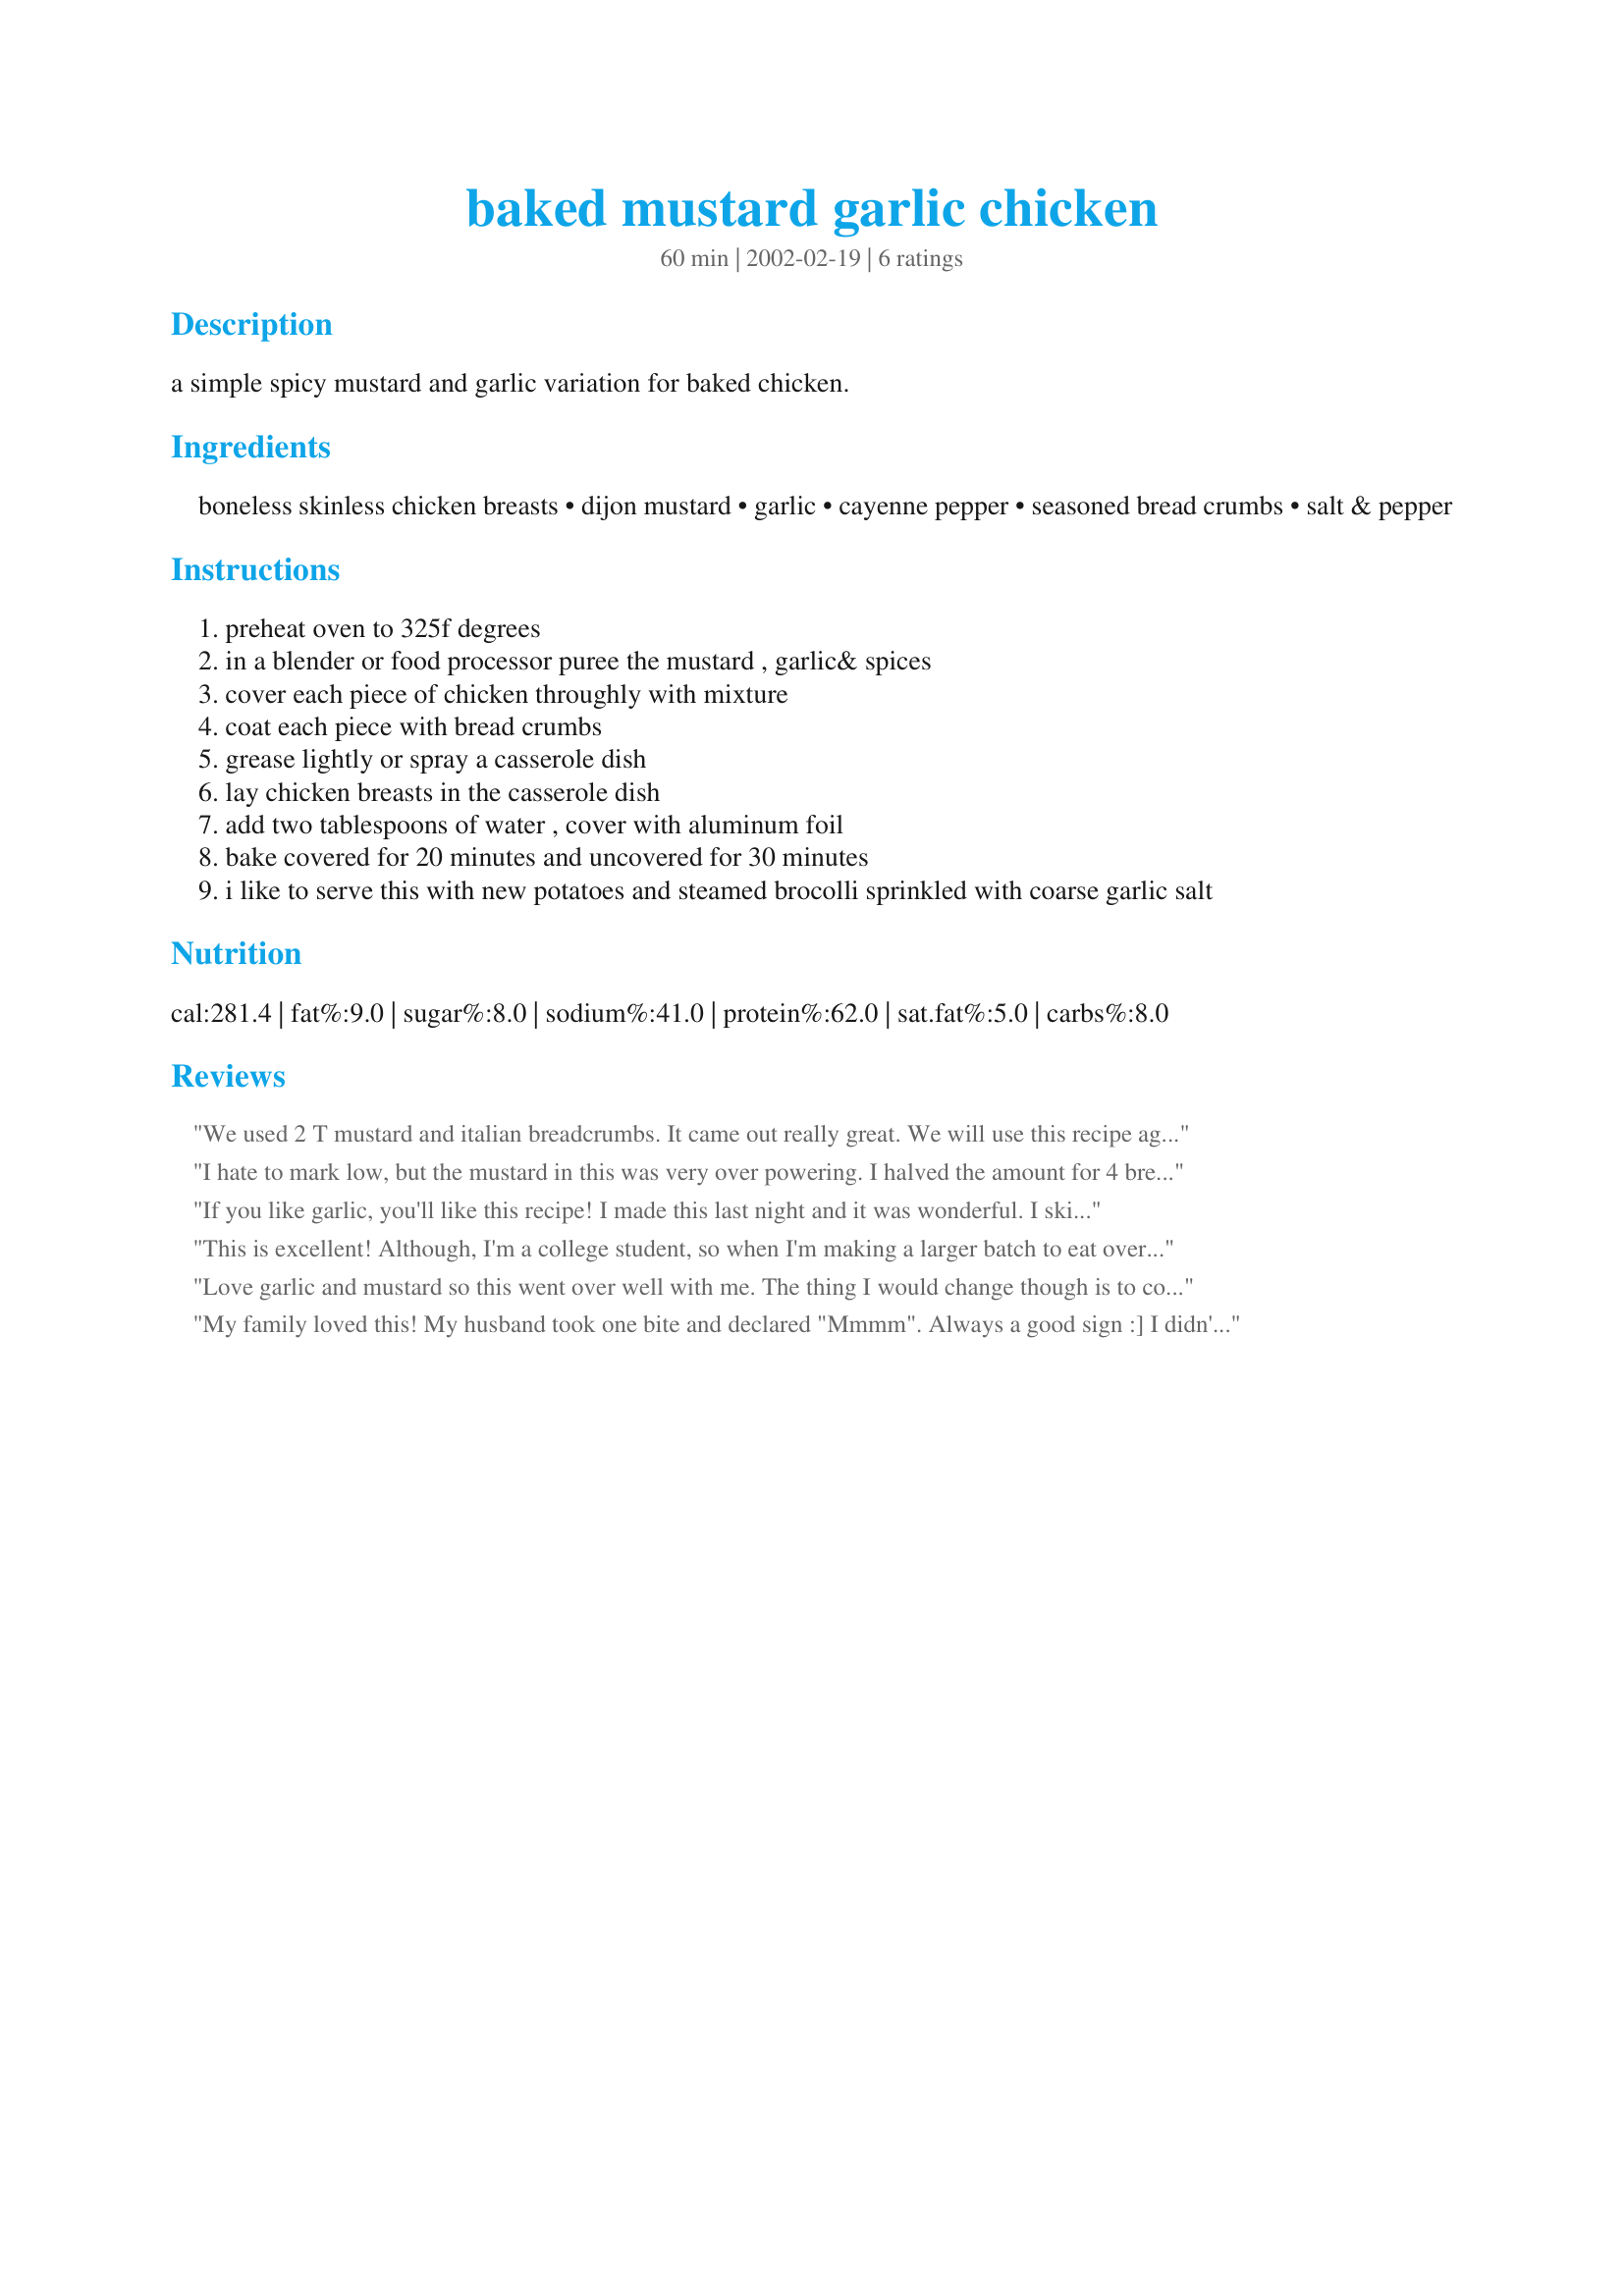
baked mustard garlic chicken
Preparation time: 60 minutes

a simple spicy mustard and garlic variation for baked chicken.

Ingredients:
boneless skinless chicken breasts, dijon mustard, garlic, cayenne pepper, seasoned bread crumbs, salt & pepper

Steps:
preheat oven to 325f degrees
in a blender or food processor puree the mustard , garlic& spices
cover each piece of chicken throughly with mixture
coat each piece with bread crumbs
grease lightly or spray a casserole dish
lay chicken breasts in the casserole dish
add two tablespoons of water , cover with aluminum foil
bake covered for 20 minutes and uncovered for 30 minutes
i like to serve this with new potatoes and steamed brocolli sprinkled with coarse garlic salt

Reviews:
We used 2 T mustard and italian breadcrumbs. It came out really great. We will use this recipe again. Thanks!
I hate to mark low, but the mustard in this was very over powering. I halved the amount for 4 breasts, and I wish I had just put a smear on each one. I love mustard, but it really did dominate. I plan to make this again, but I think I will mix 2tbsp mustard and 2 tbsp mayonaisse to tone it down. I also cooked the breasts for 30 minutes total, and they were cooked to perfection (in my oven). Sorry Rise to take your recipe apart.
If you like garlic, you'll like this recipe! I made this last night and it was wonderful. I skimmed to about 1/3 cup on the bread crumbs for 2 chicken breasts. Thanks,Risë - it'll be staying in my recipe file!
This is excellent! Although, I'm a college student, so when I'm making a larger batch to eat over a few days, I leave out the bread crumbs & add them when I go to reheat the dish. That way they don't get soggy & gross over the course of a few days.
Love garlic and mustard so this went over well with me. The thing I would change though is to cook the chicken on a rack. That way the whole piece would be crisp rather than the bottom side being mushy. Tasted good though.
My family loved this! My husband took one bite and declared "Mmmm". Always a good sign :]
I didn't cover this dish, I just baked them in the oven so they would have a crispy coating. I adore the mustard/garlic taste and served these with Diggy's Sicilian Green Beans. Outstanding!!!
